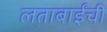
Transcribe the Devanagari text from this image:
लताबाईंची